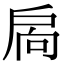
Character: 扄